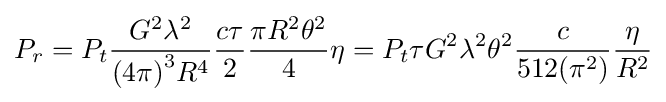
P_{r}=P_{t}{{G^{2}\lambda ^{2}} \over {{(4\pi )}^{3}R^{4}}}{\frac {c\tau }{2}}{\frac {\pi R^{2}\theta ^{2}}{4}}\eta =P_{t}\tau G^{2}\lambda ^{2}\theta ^{2}{\frac {c}{512(\pi ^{2})}}{\frac {\eta }{R^{2}}}